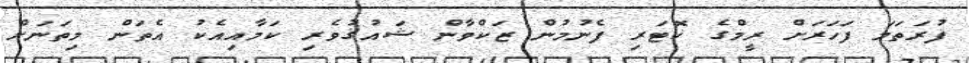
ފުރަތަމަ ފަހަރަށް ރީމްގެ ކޮޓަރި ފެނުމުން ޒަކްވާން ޝައުޤުވެރި ކަމާއިއެކު އެތަން މިތަނަށް